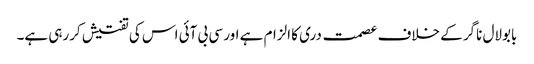
بابولال ناگر کے خلاف عصمت دری کا الزام ہے اور سی بی آئی اس کی تفتیش کررہی ہے۔